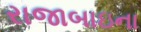
રાજાબાઇના